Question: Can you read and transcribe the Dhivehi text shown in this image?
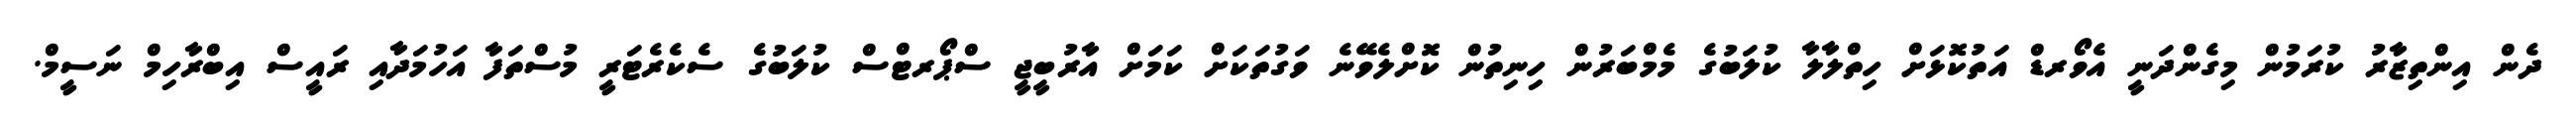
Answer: ދެން އިންތިޒާރު ކުރަމުން މިގެންދަނީ އެވޯރޑް އަތުކޮޅަށް ހިތްލާލާ ކުލަބުގެ މެމްބަރުން ހިނިތުން ކޮށްލެވޭނެ ވަގުތަކަށް ކަމަށް އާރުބީޖީ ސްޕޯރޓްސް ކުލަބުގެ ސެކެރެޓަރީ މުސްތަފާ އަހުމަދާއި ރައީސް އިބްރާހިމް ނަސީމް.